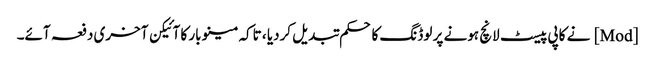
[Mod] نے کاپی پیسٹ لانچ ہونے پر لوڈنگ کا حکم تبدیل کردیا ، تاکہ مینو بار کا آئیکن آخری دفعہ آئے۔